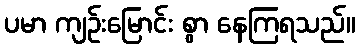
ပမာ ကျဉ်းမြောင်း စွာ နေကြရသည်။